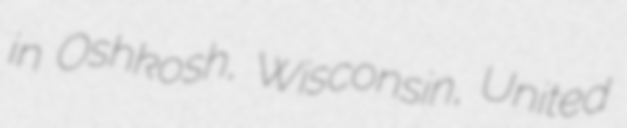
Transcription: in Oshkosh, Wisconsin, United